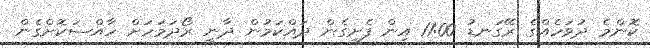
ކޮންމެ ދުވަހެއްގެ ރޭގަނޑު 11:00 އިން ފެށިގެން ދައްކަމުން ދާނީ ރޯދަމަހަށް ހާއްސަކޮށްގެން